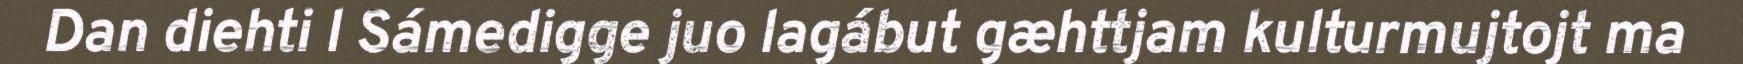
Dan diehti l Sámedigge juo lagábut gæhttjam kulturmujtojt ma